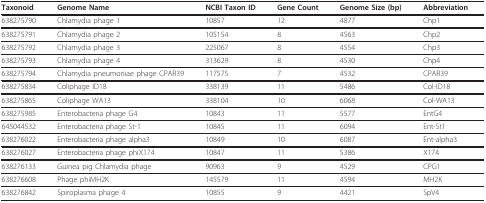
<table><thead><tr><td><b>Taxonoid</b></td><td><b>Genome Name</b></td><td><b>NCBI Taxon ID</b></td><td><b>Gene Count</b></td><td><b>Genome Size (bp)</b></td><td><b>Abbreviation</b></td></tr></thead><tbody><tr><td>638275790</td><td>Chlamydia phage 1</td><td>10857</td><td>12</td><td>4877</td><td>Chp1</td></tr><tr><td>638275791</td><td>Chlamydia phage 2</td><td>105154</td><td>8</td><td>4563</td><td>Chp2</td></tr><tr><td>638275792</td><td>Chlamydia phage 3</td><td>225067</td><td>8</td><td>4554</td><td>Chp3</td></tr><tr><td>638275793</td><td>Chlamydia phage 4</td><td>313629</td><td>8</td><td>4530</td><td>Chp4</td></tr><tr><td>638275794</td><td>Chlamydia pneumoniae phage CPAR39</td><td>117575</td><td>7</td><td>4532</td><td>CPAR39</td></tr><tr><td>638275834</td><td>Coliphage ID18</td><td>338139</td><td>11</td><td>5486</td><td>Col-ID18</td></tr><tr><td>638275865</td><td>Coliphage WA13</td><td>338104</td><td>10</td><td>6068</td><td>Col-WA13</td></tr><tr><td>638275985</td><td>Enterobacteria phage G4</td><td>10843</td><td>11</td><td>5577</td><td>EntG4</td></tr><tr><td>645044532</td><td>Enterobacteria phage St-1</td><td>10845</td><td>11</td><td>6094</td><td>Ent-St1</td></tr><tr><td>638276022</td><td>Enterobacteria phage alpha3</td><td>10849</td><td>10</td><td>6087</td><td>Ent-alpha3</td></tr><tr><td>638276027</td><td>Enterobacteria phage phiX174</td><td>10847</td><td>11</td><td>5386</td><td>X174</td></tr><tr><td>638276133</td><td>Guinea pig Chlamydia phage</td><td>90963</td><td>9</td><td>4529</td><td>CPG1</td></tr><tr><td>638276608</td><td>Phage phiMH2K</td><td>145579</td><td>11</td><td>4594</td><td>MH2K</td></tr><tr><td>638276842</td><td>Spiroplasma phage 4</td><td>10855</td><td>9</td><td>4421</td><td>SpV4</td></tr></tbody></table>